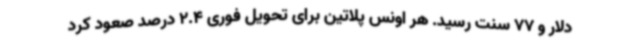
دلار و 77 سنت رسید. هر اونس پلاتین برای تحویل فوری 2.4 درصد صعود کرد